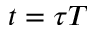
t = \tau T